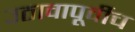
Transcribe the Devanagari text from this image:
उठावापूर्वीच